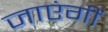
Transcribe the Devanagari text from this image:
जाएंगीं